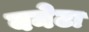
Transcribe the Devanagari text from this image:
बनेटा